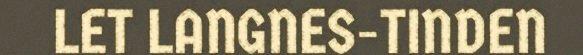
LET LANGNES-TINDEN